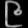
Digit: ၉